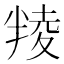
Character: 𠦻